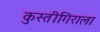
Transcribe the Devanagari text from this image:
कुस्तीगिराला